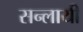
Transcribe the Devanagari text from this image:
सन्लायी